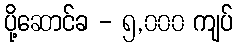
ပို့ဆောင်ခ - ၅,၀၀၀ ကျပ်